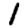
Digit: 1